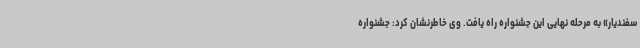
سفندیار» به مرحله نهایی این جشنواره راه یافت. وی خاطرنشان کرد: جشنواره